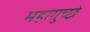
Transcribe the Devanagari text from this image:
महागुच्छे